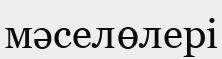
мәселөлері